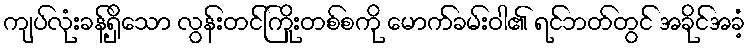
ကျပ်လုံးခန့်ရှိသော လွန်းတင်ကြိုးတစ်စကို မောက်ခမ်းဝါ၏ ရင်ဘတ်တွင် အခိုင်အခံ့